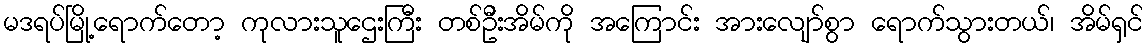
မဒရပ်မြို့ရောက်တော့ ကုလားသူဌေးကြီး တစ်ဦးအိမ်ကို အကြောင်း အားလျော်စွာ ရောက်သွားတယ်၊ အိမ်ရှင်